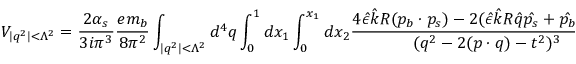
V _ { | q ^ { 2 } | < \Lambda ^ { 2 } } = \frac { 2 \alpha _ { s } } { 3 i \pi ^ { 3 } } \frac { e m _ { b } } { 8 \pi ^ { 2 } } \int _ { | q ^ { 2 } | < \Lambda ^ { 2 } } d ^ { 4 } q \int _ { 0 } ^ { 1 } d x _ { 1 } \int _ { 0 } ^ { x _ { 1 } } d x _ { 2 } \frac { 4 \hat { \epsilon } \hat { k } R ( p _ { b } \cdot p _ { s } ) - 2 ( \hat { \epsilon } \hat { k } R \hat { q } \hat { p _ { s } } + \hat { p _ { b } } \hat { q } \hat { \epsilon } \hat { k } R ) } { ( q ^ { 2 } - 2 ( p \cdot q ) - t ^ { 2 } ) ^ { 3 } }